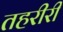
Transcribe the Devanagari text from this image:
तहरीरी